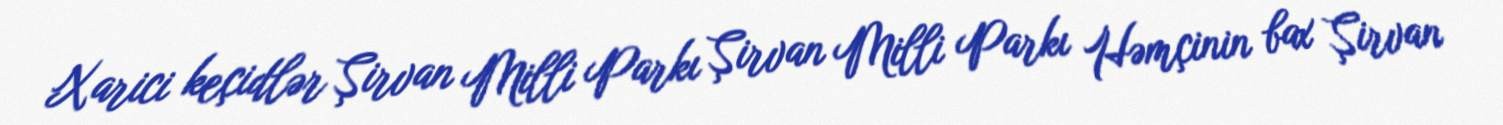
Xarici keçidlər Şirvan Milli Parkı Şirvan Milli Parkı Həmçinin bax Şirvan